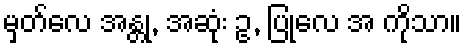
မှတ်လေ အန္တု, အဆုံး ဥ, ပြုလေ အ ကိုသာ။